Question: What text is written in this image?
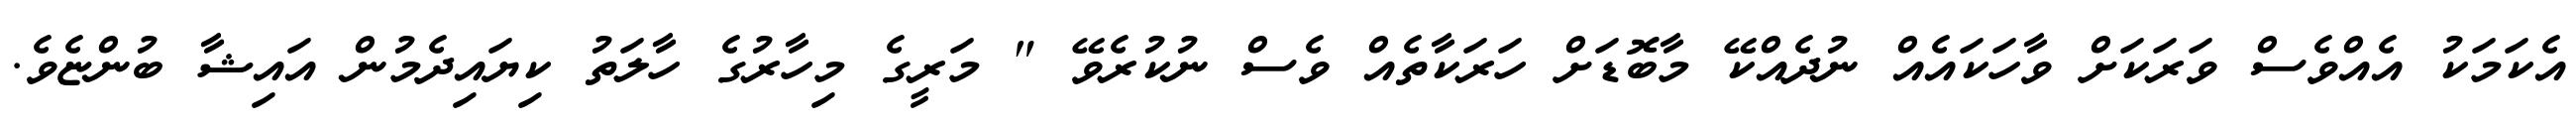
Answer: އެކަމަކު އެއްވެސް ވަރަކަށް ވާހަކައެއް ނުދެއްކޭ މާބޮޑަށް ހަރަކާތެއް ވެސް ނުކުރެވޭ " މަރީގެ މިހާރުގެ ހާލަތު ކިޔައިދެމުން އައިޝާ ބުންޏެވެ.